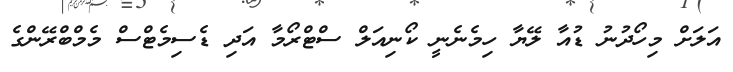
އަލަށް މިހޯދުނު ޑުއާ ލޭޔާ ހިމެނެނީ ކޯނިއަލް ސްޓްރޯމާ އަދި ޑެސިމެޓްސް މެމްބްރޭންގެ